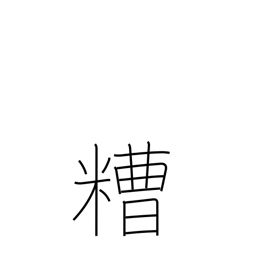
Meaning: grounds